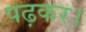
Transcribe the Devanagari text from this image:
पढ़कर।